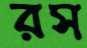
রস